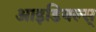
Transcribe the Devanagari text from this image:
आइडियल्स्‌